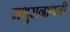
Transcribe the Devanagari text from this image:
मथुरानाथजी